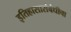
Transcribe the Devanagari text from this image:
इतिहासासंबंधीचा